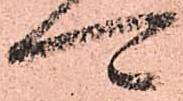
可